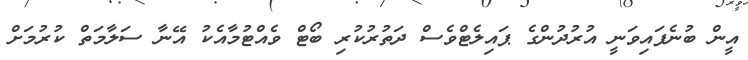
އީން ބުނެފައިވަނީ އުރުދުންގެ ޕައިލެޓްވެސް ދަތުރުކުރި ބޯޓް ވެއްޓުމާއެކު އޭނާ ސަލާމަތް ކުރުމަށް